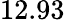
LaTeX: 12.93